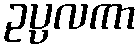
ဥပ္ပလကာ